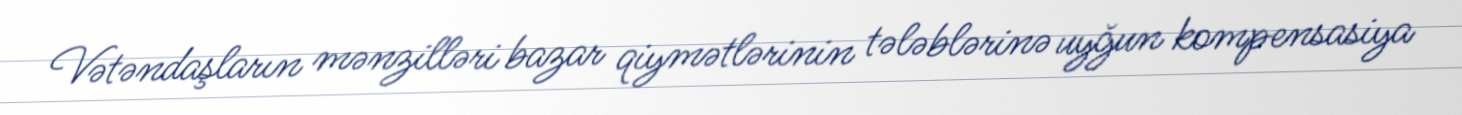
Vətəndaşların mənzilləri bazar qiymətlərinin tələblərinə uyğun kompensasiya